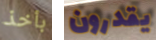
بأخذ يقدرون